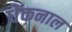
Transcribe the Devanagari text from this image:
धेंकनाल